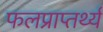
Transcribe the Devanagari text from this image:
फलप्राप्तर्थ्य